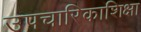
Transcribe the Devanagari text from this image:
उपचारिकाशिक्षा